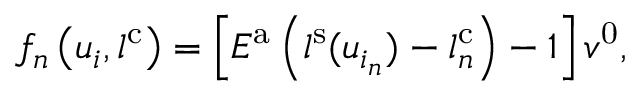
f _ { n } \left( u _ { i } , l ^ { \mathrm { c } } \right) = \left[ E ^ { \mathrm { a } } \left( l ^ { \mathrm { s } } ( u _ { i _ { n } } ) - l _ { n } ^ { \mathrm { c } } \right) - 1 \right] v ^ { \mathrm { 0 } } ,